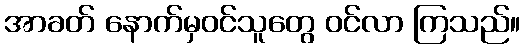
အာခတ် နောက်မှဝင်သူတွေ ဝင်လာ ကြသည်။